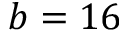
b = 1 6